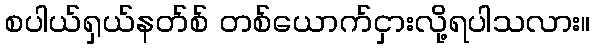
စပါယ်ရှယ်နတ်စ် တစ်ယောက်ငှားလို့ရပါသလား။